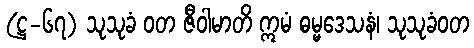
(ဋ္ဌ-၆၇) သုသုခံ ဝတ ဇီဝါမာတိ ဣမံ ဓမ္မဒေသနံ၊ သုသုခံဝတ